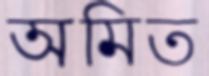
অমিত